Vaccination report Assam 1896-1927 - 1896-1927
Year: 1896
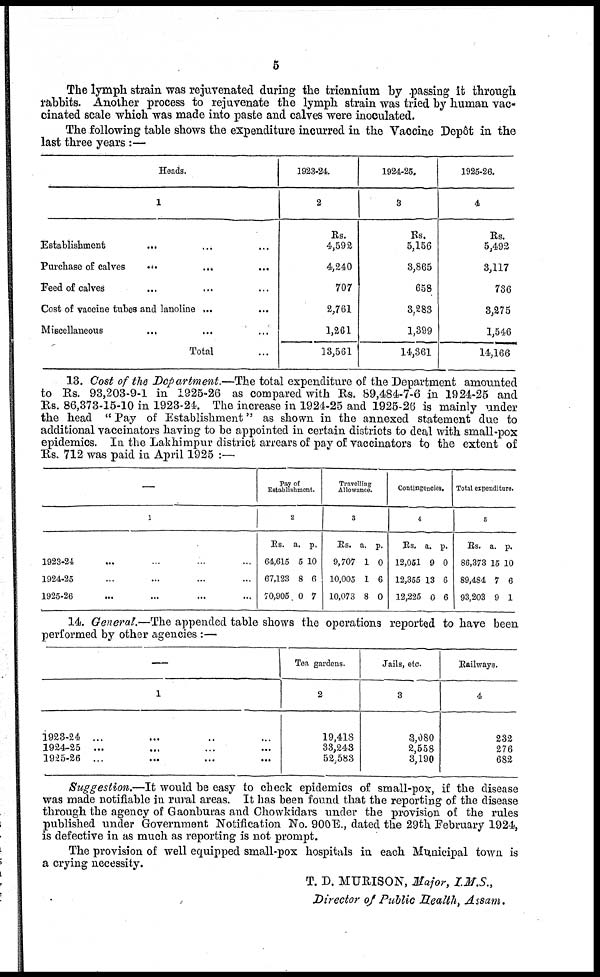
5
The lymph strain was rejuvenated during the triennium by passing it through
rabbits. Another process to rejuvenate the lymph strain was tried by human vac-
cinated scale which was made into paste and calves were inoculated.
The following table shows the expenditure incurred in the Vaccine Depôt in the
last three years:—
Heads.
1
Establishment
Purchase of calves
...
...
...
Feed of calves
Cost of vaccine tubes and lanoline ...
Miscellaneous
...
...
...
Total
1923-24.
2
Rs.
4,592
4,240
707
2,761
1,261
13,561
1924-25.
3
Rs.
5,156
3,865
658
3,283
1,399
14,361
1925-26.
4
Rs.
5,492
3,117
736
3,275
1,546
14,166
13. Cost of the Department.—The total expenditure of the Department amounted
to Rs. 93,203-9-1 in 1925-26 as compared with Rs. 89,484-7-6 in 1924-25 and
Rs. 86,373-15-10 in 1923-24. The increase in 1924-25 and 1925-26 is mainly under
the head " Pay of Establishment" as shown in the annexed statement due to
additional vaccinators having to be appointed in certain districts to deal with small-pox
epidemics. In the Lakhimpur district arrears of pay of vaccinators to the extent of
Rs. 712 was paid in April 1925 :—
—
1
1923-24
1924-25
1925-26
Pay of
Establishment.
2
Rs.
64,615
67,123
70,905
a.
5
8
0
P.
10
6
7
Travelling
Allowance.
3
Rs.
9,707
10,005
10,073
a.
1
1
8
p.
0
6
0
Contingencies.
4
Rs.
12,051
12,355
12,225
a.
9
13
0
p.
0
6
6
Total expenditure.
6
Rs.
86,373
89,484
93,203
a.
15
7
9
p.
10
6
1
14. General.—The appended table shows the operations reported to have been
performed by other agencies :—
—
1
i923-24 ...
1924-25 ...
1925-26 ...
Tea gardens.
2
19,418
33,243
52,583
Jails, etc.
3
3,080
2,558
3,190
Railways.
4
232
276
682
Suggestion.—It would be easy to check epidemics of small-pox, if the disease
was made notifiable in rural areas. It has been found that the reporting of the disease
through the agency of Gaonburas and Chowkidars under the provision of the rules
published under Government Notification No. 900E., dated the 29th February 1924,
is defective in as much as reporting is not prompt.
The provision of well equipped small-pox hospitals in each Municipal town is
a crying necessity.
T. D. MURISON, Major, I.M.S.,
Director of Public Health, Assam.